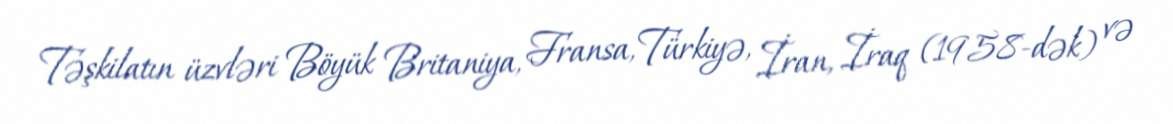
Təşkilatın üzvləri Böyük Britaniya, Fransa, Türkiyə, İran, İraq (1958-dək) və